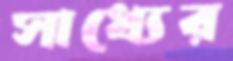
সাধ্যের